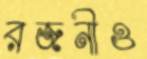
রজনীও